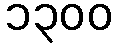
၁၃၀၀